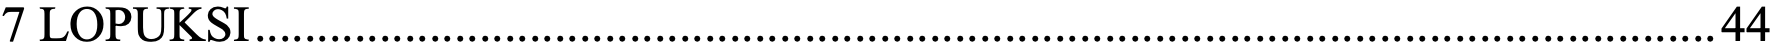
7 LOPUKSI.....................................................................................................................44